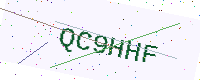
Text: QC9HHF